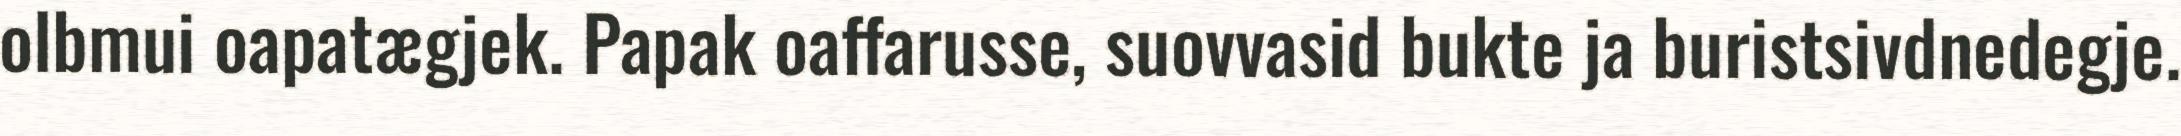
olbmui oapatægjek. Papak oaffarusse, suovvasid bukte ja buristsivdnedegje.